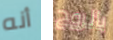
أنه بالروح